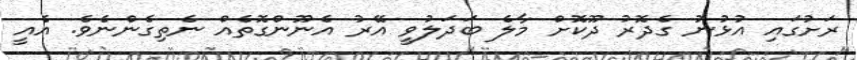
ރަށުގައި އުޅުނު ގެދޮރު ދޫކޮށް މާލެ ބަދަލުވީ އޭރު އެނޫންގޮތެއް ނެތިގެންނެވެ. އެއީ